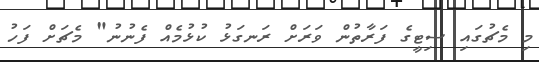
މި މެޗުގައި ސިޓީގެ ފަރާތުން ވަރަށް ރަނގަޅު ކުޅުމެއް ފެނުނު" މެޗަށް ފަހު